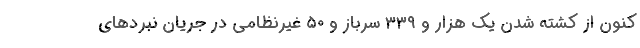
کنون از کشته شدن یک هزار و ۳۳۹ سرباز و ۵۰ غیرنظامی در جریان نبردهای